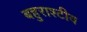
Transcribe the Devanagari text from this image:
बहुराश्टीय